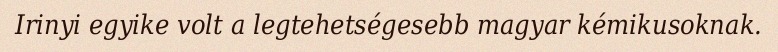
Irinyi egyike volt a legtehetségesebb magyar kémikusoknak.